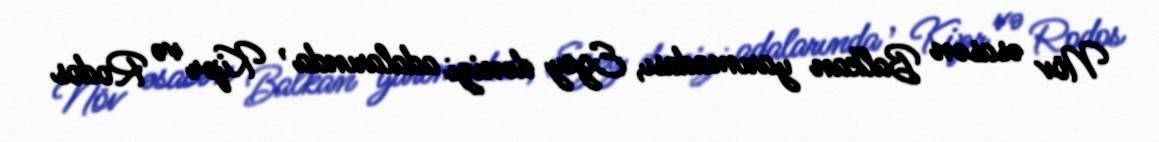
Növ əsasən Balkan yarımadası, Egey dənizi adalarında , Kipr və Rodos